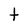
Character: t